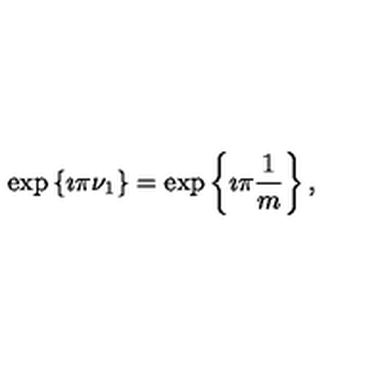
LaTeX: \exp \left\{ \imath \pi \nu _ { 1 } \right\} = \exp \left\{ \imath \pi \frac { 1 } { m } \right\} ,